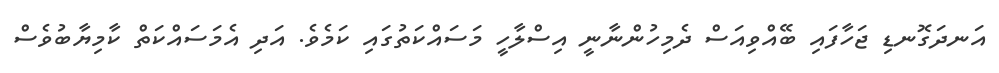
އަނދަގޮނޑި ޖަހާފައި ބޭއްވިއަސް ދެމިހުންނާނީ އިސްލާހީ މަސައްކަތުގައި ކަމެވެ. އަދި އެމަސައްކަތް ކާމިޔާބުވެސް